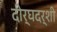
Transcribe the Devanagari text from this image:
दीर्घदर्शी